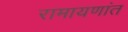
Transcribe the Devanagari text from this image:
रामायणांत